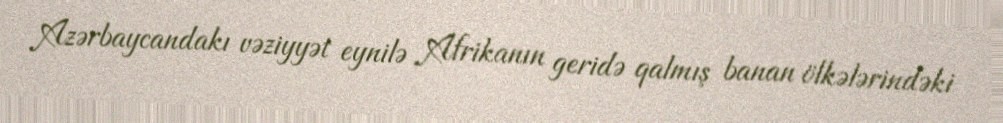
Azərbaycandakı vəziyyət eynilə Afrikanın geridə qalmış banan ölkələrindəki